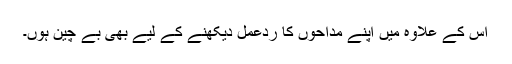
اس کے علاوہ میں اپنے مداحوں کا ردعمل دیکھنے کے لیے بھی بے چین ہوں۔